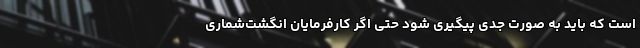
است که باید به صورت جدی پیگیری شود حتی اگر کارفرمایان انگشت‌شماری